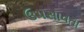
ઉપસાવતા